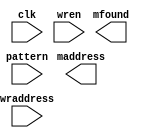
`timescale 1ns / 1ps
//////////////////////////////////////////////////////////////////////////////////
// Company: 
// Engineer: 
// 
// Design Name: 
// Module Name:    cam8x21 
// Project Name: 
// Target Devices: 
// Tool versions: 
// Description: 
//
// Dependencies: 
//
// Revision: 
// Revision 0.01 - File Created
// Additional Comments: 
//
//////////////////////////////////////////////////////////////////////////////////

module cam8x21 (clk,pattern,wraddress,wren,maddress,mfound); // cam
input clk; // clock
input wren; // cam write enable
input [19:0] pattern; // vpn to be compared to all 8 lines
input [2:0] wraddress; // write address
output [2:0] maddress; // matched address
output mfound; // a match was found
reg [20:0] ram [0:7]; // ram 8-line * 21-bit: valid (1), vpn (20)
// write cam, update a line with pattern, valid bit <- 1
endmodule